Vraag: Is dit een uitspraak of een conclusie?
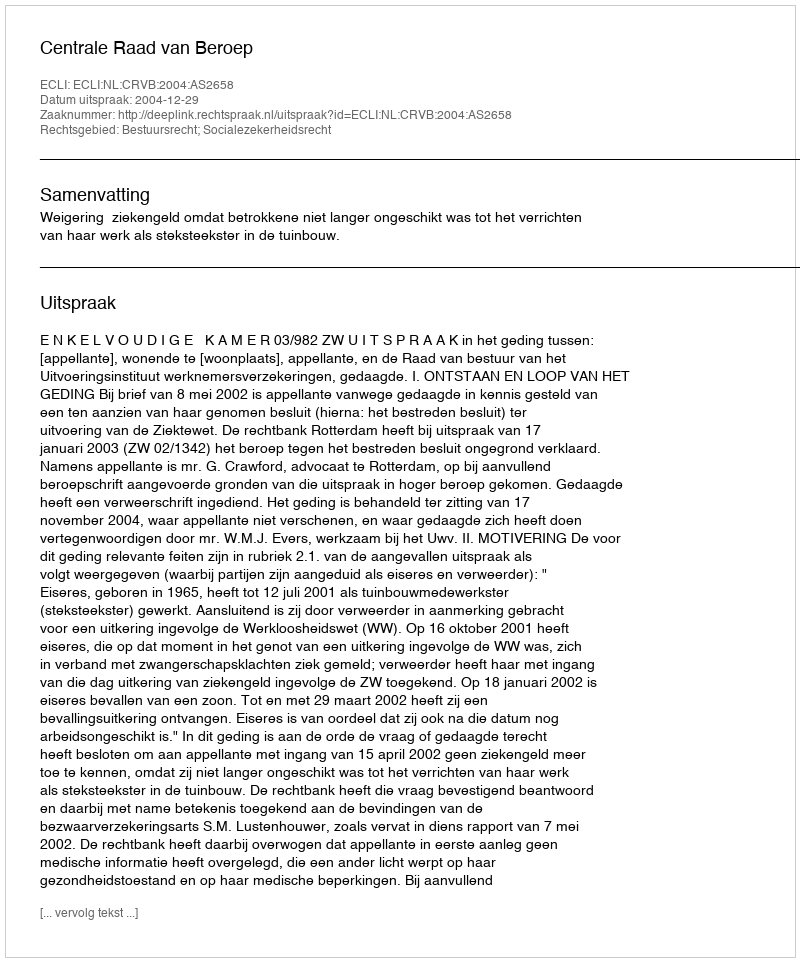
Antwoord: Uitspraak